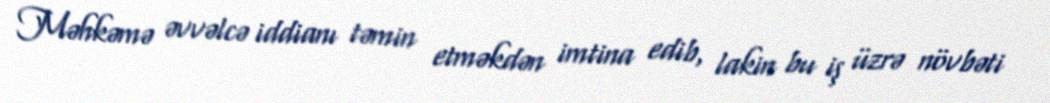
Məhkəmə əvvəlcə iddianı təmin etməkdən imtina edib, lakin bu iş üzrə növbəti